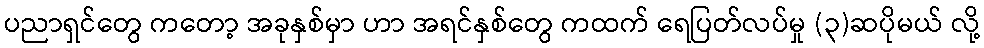
ပညာရှင်တွေ ကတော့ အခုနှစ်မှာ ဟာ အရင်နှစ်တွေ ကထက် ရေပြတ်လပ်မှု (၃)ဆပိုမယ် လို့